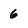
Character: 6